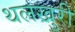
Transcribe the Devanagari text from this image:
थलखुरी